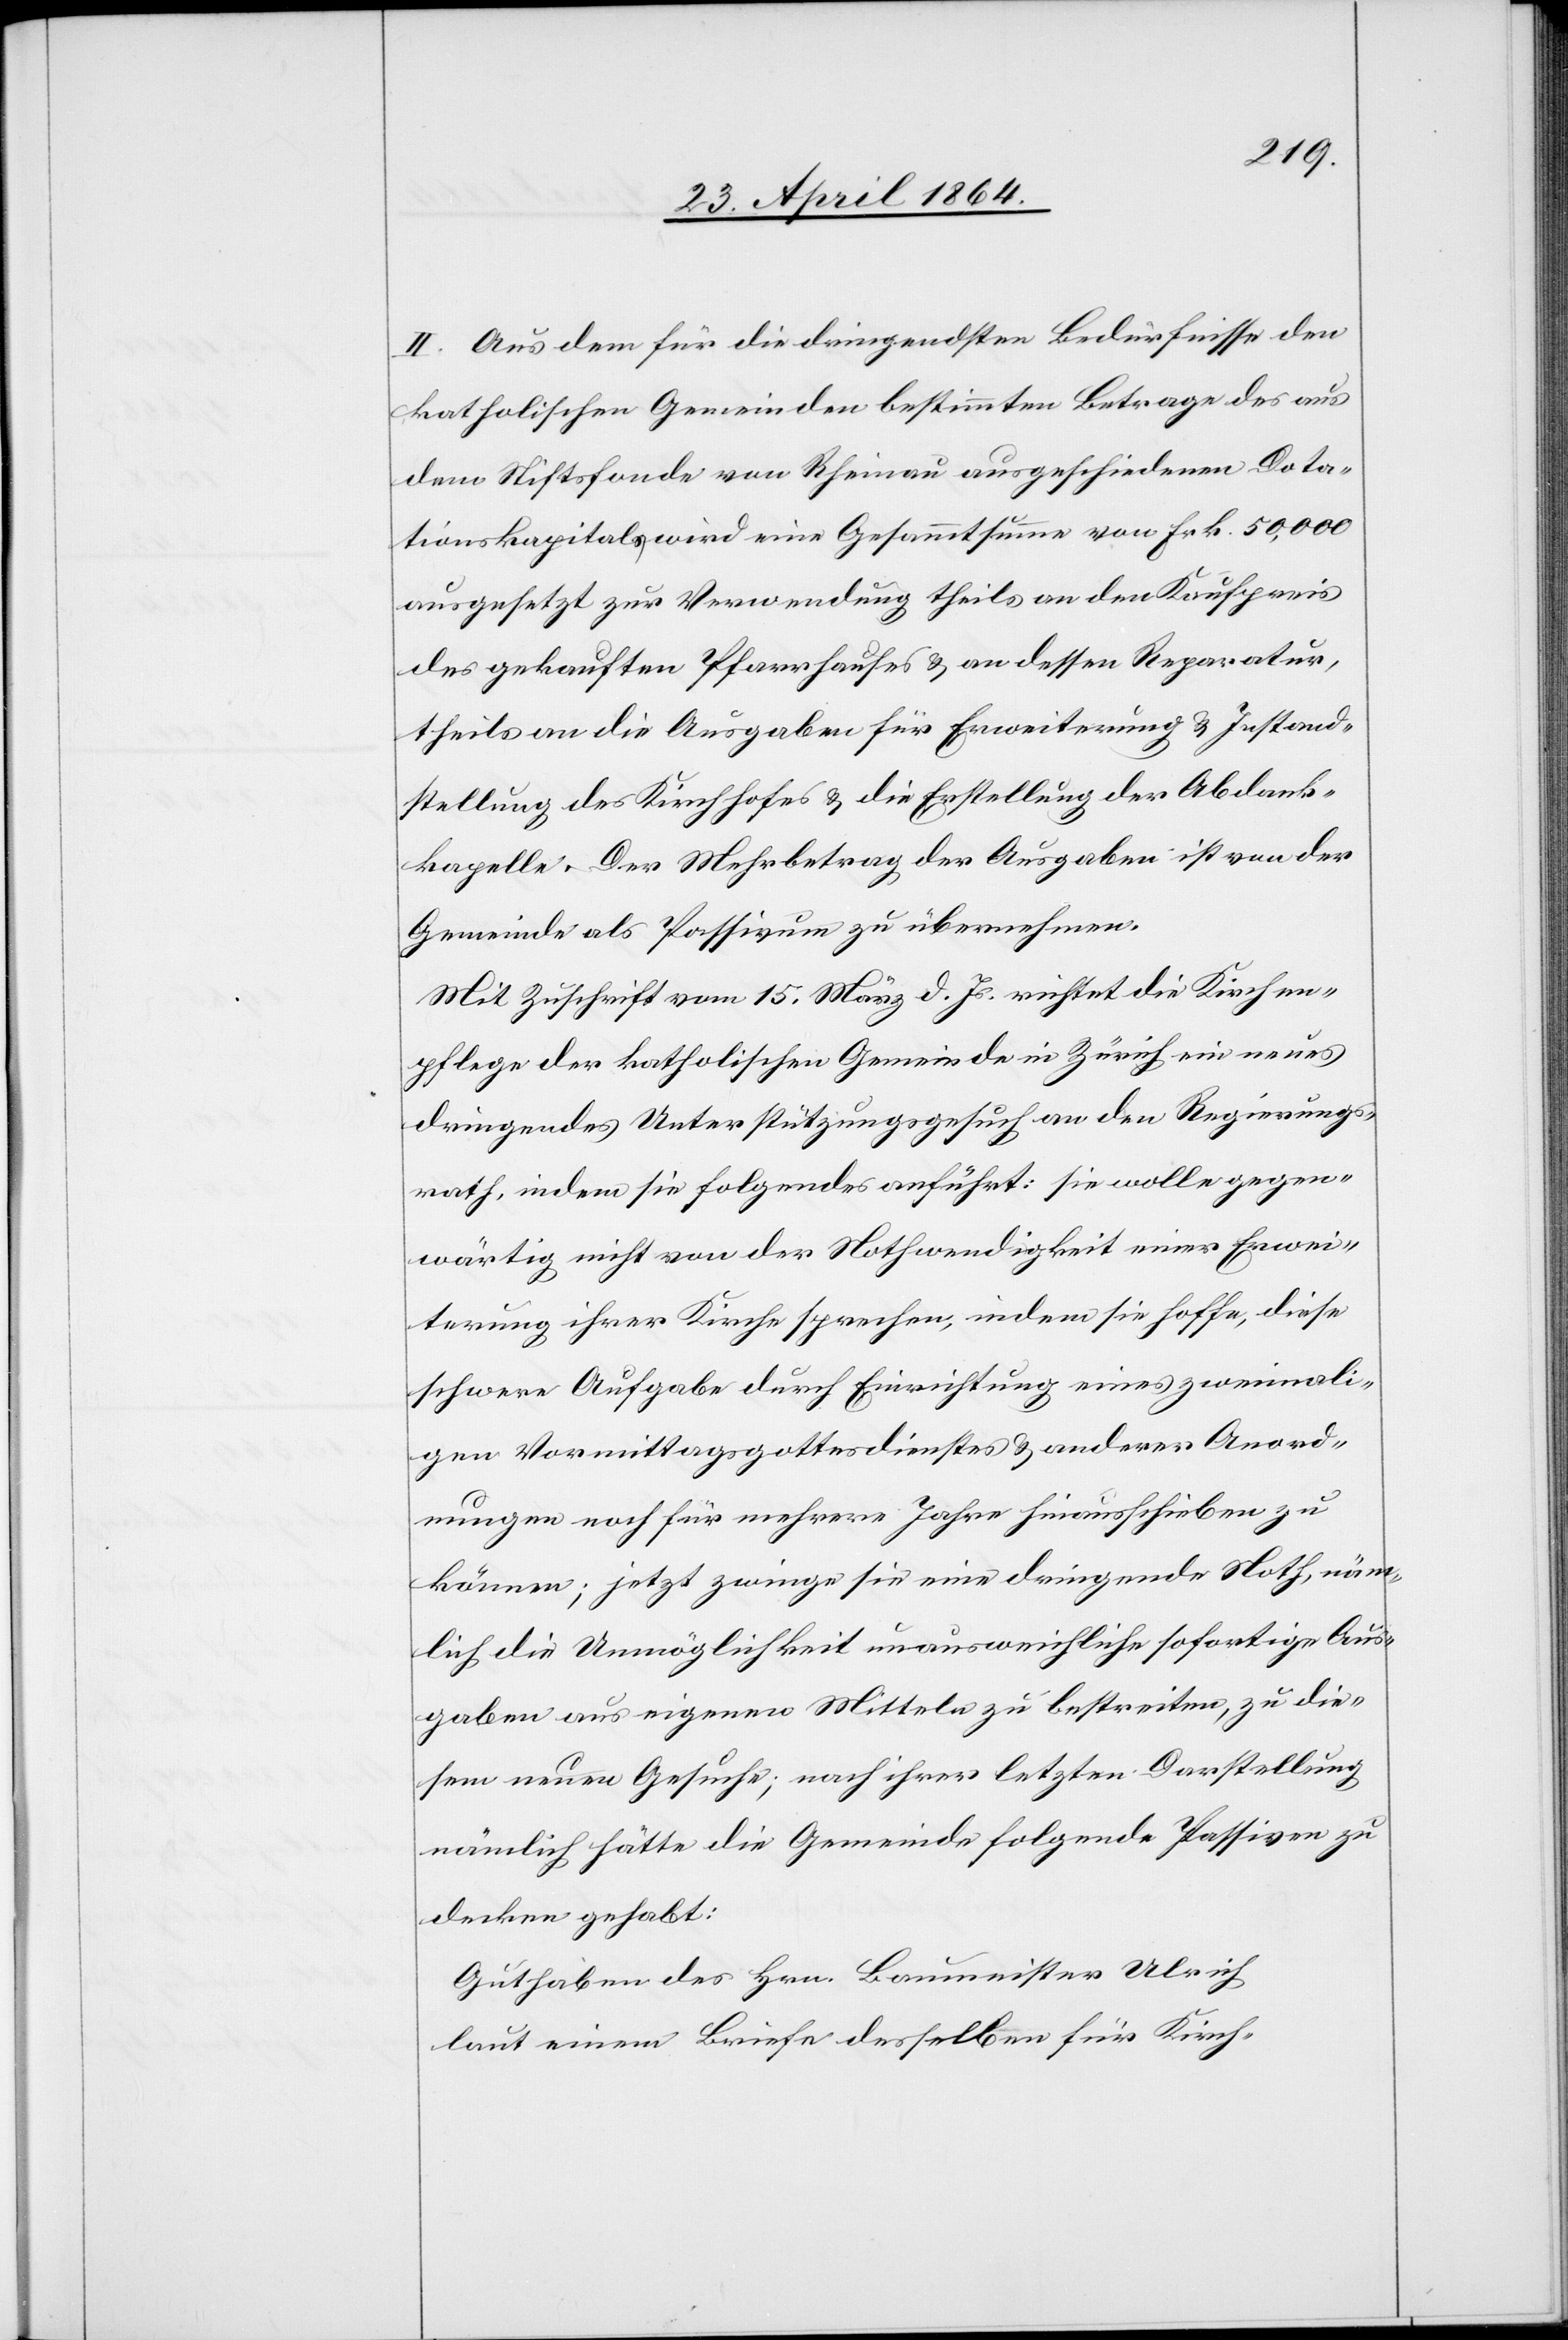
II. Aus dem für die dringendsten Bedürfnisse den
katholischen Gemeinden bestimmten Betrage des aus
dem Stiftsfonde von Rheinau ausgeschiedenen Data¬
tionskapitals wird eine Gesammtsumme von Frk. 50,000
ausgesetzt zur Verwendung theils an den Kaufpreis
des gekauften Pfarrhauses u. an dessen Reparatur,
theils an die Ausgaben für Erweiterung u. Instand¬
stellung des Kirchhofes u. die Erstellung der Abdank¬
kapelle. Der Mehrbetrag der Ausgaben ist von der
Gemeinde als Passiven zu übernehmen.
Mit Zuschrift vom 15. März d. Js. richtet die Kirchen¬
pflege der katholischen Gemeinde in Zürich ein neues
dringendes Unterstützungsgesuch an den Regierungs¬
rath, indem sie folgendes anführt: sie wolle gegen¬
wärtig nicht von der Nothwendigkeit einer Erwei¬
terung ihrer Kirche sprechen, indem sie hoffe, diese
schwere Aufgabe durch Einrichtung eines zweimali¬
gen Vormittagsgottesdienstes u. anderer Anord¬
nungen noch für mehrere Jahre hinausschieben zu
können; jetzt zwinge sie eine dringende Noth, näm¬
lich die Unmöglichkeit unausweichliche sofortige Aus¬
gaben aus eigenen Mitteln zu bestreiten, zu die¬
sem neuen Gesuche; nach ihrer letzten Darstellung
nämlich hätte die Gemeinde folgende Passiven zu
decken gehabt:
Guthaben des Hrn. Baumeister Ulrich
laut einem Briefe desselben für Kirch-